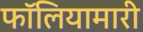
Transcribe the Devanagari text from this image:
फॉलियामारी